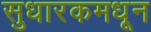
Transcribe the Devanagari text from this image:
सुधारकमधून